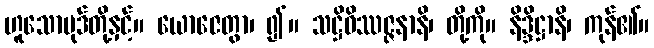
ဟူသောပုဒ်တို့နှင့်။ ယောဇေတွာ၊ ၍။ သဋ္ဌိဝိဿဇ္ဇနာနိ၊ တို့ကို။ နိဒ္ဒိဋ္ဌာနိ၊ ကုန်၏။